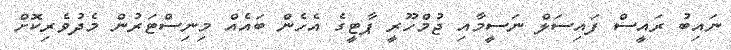
ނައިބު ރައީސް ފައިސަލް ނަސީމާއި ޖުމްހޫރީ ޕާޓީގެ އެހެން ބައެއް މިނިސްޓަރުން މެދުވެރިކޮށް